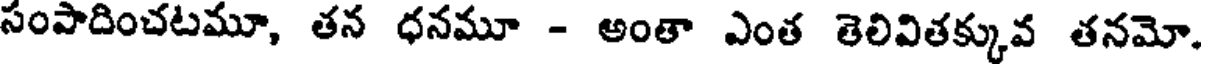
సంపాదించటమూ, తన ధనమూ - అంతా ఎంత తెలివితక్కువ తనమో.